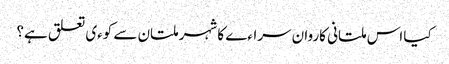
کیا اس ملتانی کاروان سراءے کا شہر ملتان سے کوءی تعلق ہے؟